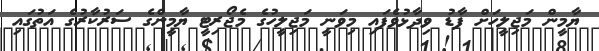
ޔާމީން މަޖިލީހަށް ފާޑު ވިދާޅުވެފައި މިވަނީ މަޖިލީހުގެ މެޖޯރިޓީ ޔާމީންގެ ސަރުކާރުގެ އަތުގައި